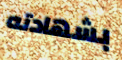
بشهادته